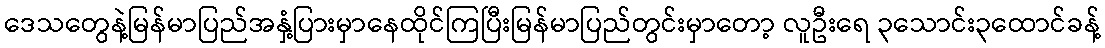
ဒေသတွေနဲ့မြန်မာပြည်အနှံ့ပြားမှာနေထိုင်ကြပြီးမြန်မာပြည်တွင်းမှာတော့ လူဦးရေ ၃သောင်း၃ထောင်ခန့်